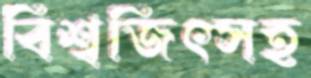
বিশ্বজিৎসহ